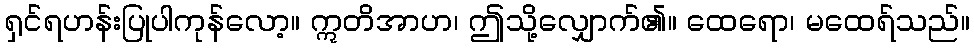
ရှင်ရဟန်းပြုပါကုန်လော့။ ဣတိအာဟ၊ ဤသို့လျှောက်၏။ ထေရော၊ မထေရ်သည်။